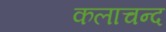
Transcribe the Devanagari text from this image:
कलाचन्द